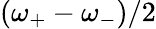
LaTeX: (\omega_{+}-\omega_{-})/2